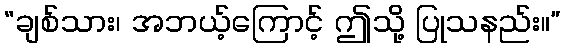
“ချစ်သား၊ အဘယ့်ကြောင့် ဤသို့ ပြုသနည်း။”